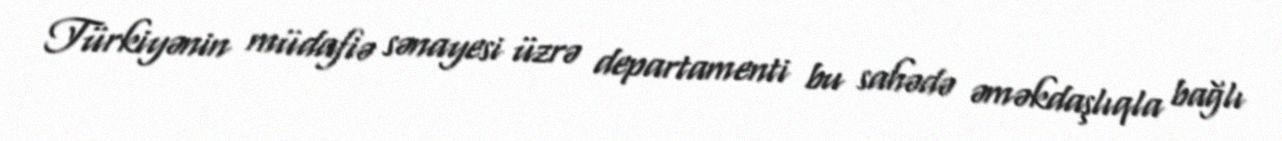
Türkiyənin müdafiə sənayesi üzrə departamenti bu sahədə əməkdaşlıqla bağlı